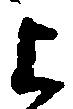
上